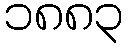
၁၈၈၃